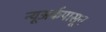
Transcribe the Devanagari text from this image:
न्यूअर्कपासून